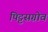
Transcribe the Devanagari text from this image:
पिट्टसग्रोव